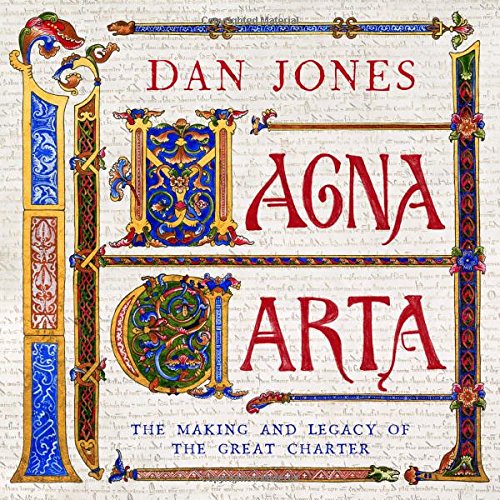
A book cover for Magna Carta: The Making and Legacy of the Great Charter; Dan Jones; Law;